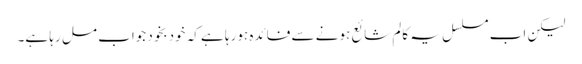
لیکن اب مسلسل یہ کالم شائع ہونے سے فائدہ ہورہا ہے کہ خودبخود جواب مل رہا ہے۔